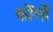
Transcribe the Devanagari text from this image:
कोंगों